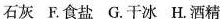
石灰 F.食盐 G.干冰 H.酒精